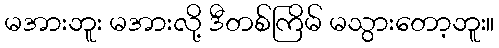
မအားဘူး မအားလို့ ဒီတစ်ကြိမ် မသွားတော့ဘူး။